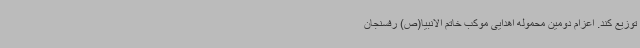
توزیع کند. اعزام دومین محموله اهدایی موکب خاتم الانبیا(ص) رفسنجان